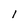
Character: l